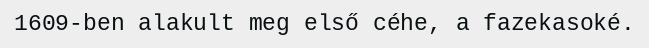
1609-ben alakult meg első céhe, a fazekasoké.